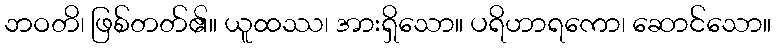
ဘဝတိ၊ ဖြစ်တတ်၏။ ယူထဿ၊ အားရှိသော။ ပရိဟာရကော၊ ဆောင်သော။